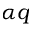
\alpha q